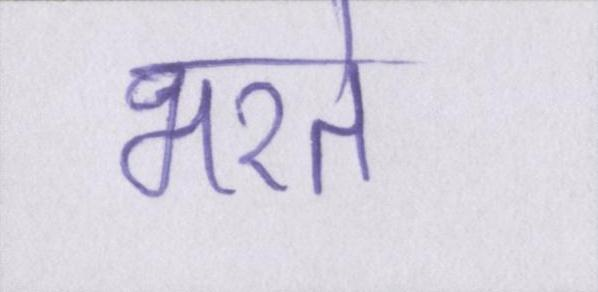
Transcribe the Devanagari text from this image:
भरते